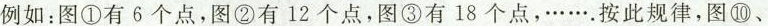
例如：图①有6个点，图②有12个点，图③有18个点，…按此规律，图⑩、